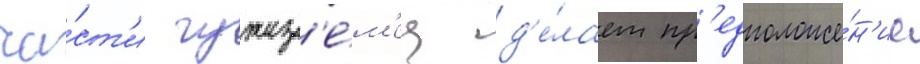
ча́ст'и чужез'е́м'ец д'е́лает пр'едположе́н'ие